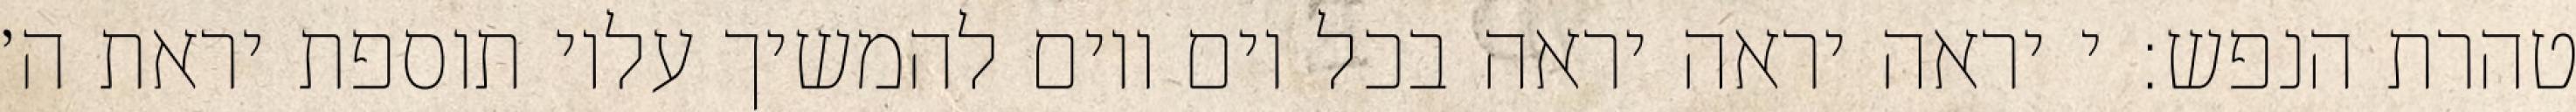
טהרת הנפש: י יראה יראה יראה בכל יום ויום להמשיך עליו תוספת יראת ה׳